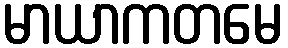
မာယာကတမေ